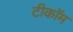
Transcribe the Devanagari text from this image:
टीकॉम